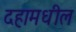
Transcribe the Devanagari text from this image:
दहामधील